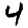
Digit: 4